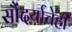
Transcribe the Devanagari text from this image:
सौंदर्याचेही